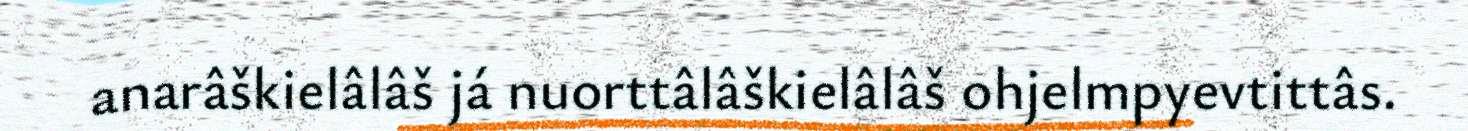
anarâškielâlâš já nuorttâlâškielâlâš ohjelmpyevtittâs.